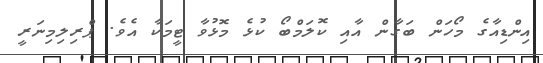
އިންޑިއާގެ މޯހަން ބަގާން އާއި ކޮލަމްބޯ ކުޅެ މޮޅުވާ ޓީމަކާ އެވެ. ޕްރިލިމިނަރީ